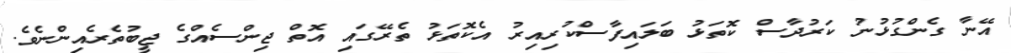
އޭނާ ގެންގުޅުނު ކަރުދާސް ކޮތަޅު ބަލައިފާސްކުރިއިރު އެކޮތަޅު ތެރޭގައި އޮތް ޖިންސެއްގެ ޖީބުތެރެއިންނެވެ.